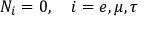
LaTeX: N _ { i } = 0 , \quad i = e , \mu , \tau